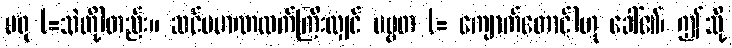
မရု (=သဲတို့)တည်း။ ဆင်ပမာဏထက်ကြီးလျှင် ပဗ္ဗတ (= ကျောက်တောင်)ဟု ခေါ်၏၊ ဤသို့